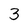
Character: 3